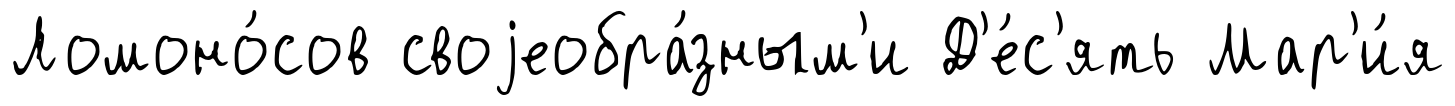
Ломоно́сов своjеобра́зным'и Д'е́с'ять Мар'и́я